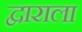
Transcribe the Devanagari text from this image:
द्वाराला